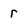
Character: r